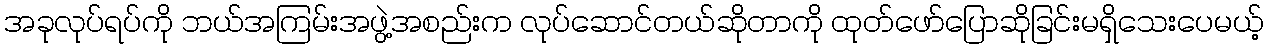
အခုလုပ်ရပ်ကို ဘယ်အကြမ်းအဖွဲ့အစည်းက လုပ်ဆောင်တယ်ဆိုတာကို ထုတ်ဖော်ပြောဆိုခြင်းမရှိသေးပေမယ့်